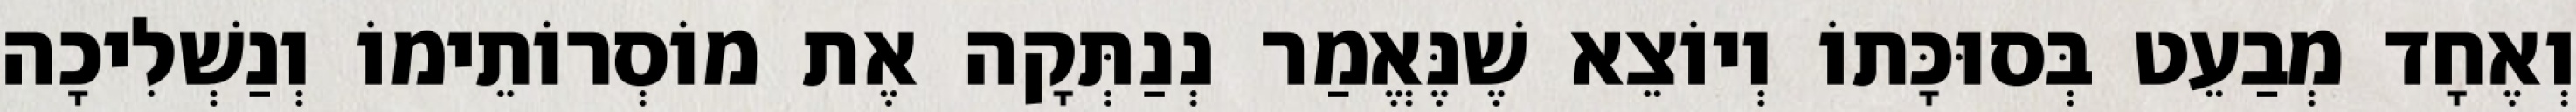
וְאֶחָד מְבַעֵט בְּסוּכָּתוֹ וְיוֹצֵא שֶׁנֶּאֱמַר נְנַתְּקָה אֶת מוֹסְרוֹתֵימוֹ וְנַשְׁלִיכָה